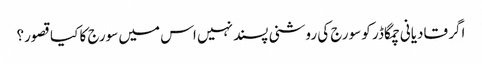
اگر قادیانی چمگاڈر کو سورج کی روشنی پسند نہیں اس میں سورج کا کیا قصور؟